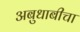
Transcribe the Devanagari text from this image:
अबुधाबीचा